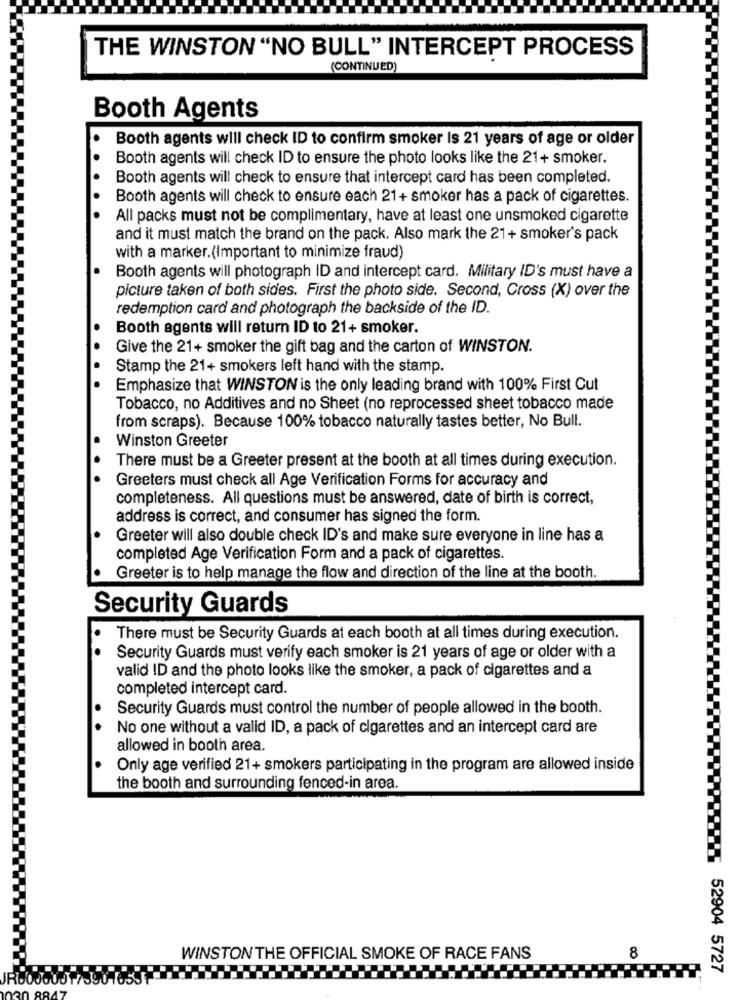
THE WINSTON "NO BULL" INTERCEPT PROCESS
(CONTINUED)
Booth Agents
Booth agents will check ID to confirm smoker Is 21 years of age or older
Booth agents will check ID to ensure the photo looks like the 21+ smoker.
Booth agents will check to ensure that intercept card has been completed.
Booth agents will check to ensure each 21+ smoker has a pack of cigarettes.
All packs must not be complimentary, have at least one unsmoked cigarette
and it must match the brand on the pack. Also mark the 21+ smoker's pack
with a marker.(Important to minimize fraud)
Booth agents will photograph ID and intercept card. Military ID's must have a
picture taken of both sides. First the photo side. Second, Cross (X) over the
redemption card and photograph the backside of the ID.
Booth agents will return ID to 21+ smoker.
Give the 21+ smoker the gift bag and the carton of WINSTON.
Stamp the 21+ smokers left hand with the stamp.
Emphasize that WINSTON is the only leading brand with 100% First Cut
Tobacco, no Additives and no Sheet (no reprocessed sheet tobacco made
from scraps). Because 100% tobacco naturally tastes better, No Bull.
Winston Greeter
There must be a Greeter present at the booth at all times during execution.
Greeters must check all Age Verification Forms for accuracy and
completeness. All questions must be answered, date of birth is correct,
address is correct, and consumer has signed the form.
Greeter will also double check ID's and make sure everyone in line has a
completed Age Verification Form and a pack of cigarettes.
Greeter is to help manage the flow and direction of the line at the booth.
Security Guards
There must be Security Guards at each booth at all times during execution.
Security Guards must verify each smoker is 21 years of age or older with a
valid ID and the photo looks like the smoker, a pack of cigarettes and a
completed intercept card.
Security Guards must control the number of people allowed in the booth.
No one without a valid ID, a pack of cigarettes and an intercept card are
allowed in booth area.
Only age verified 21+ smokers participating in the program are allowed inside
the booth and surrounding fenced-in area.
WINSTONTHE OFFICIAL SMOKE OF RACE FANS
8
52904 5727